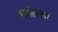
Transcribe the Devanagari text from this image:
स्वर्गासारखा